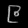
Digit: ၉